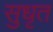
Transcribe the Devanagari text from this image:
सुधृत